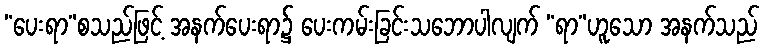
“ပေးရာ”စသည်ဖြင့် အနက်ပေးရာ၌ ပေးကမ်းခြင်းသဘောပါလျက် “ရာ”ဟူသော အနက်သည်